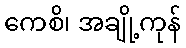
ကေစိ၊ အချို့ကုန်